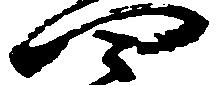
四